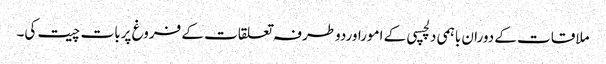
ملاقات کے دوران باہمی دلچسپی کے اموراوردوطرفہ تعلقات کے فروغ پربات چیت کی۔